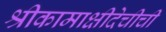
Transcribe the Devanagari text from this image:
श्रीकामाक्षीदेचीची